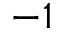
- 1